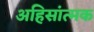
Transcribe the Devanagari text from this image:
अहिसांत्मक